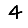
Digit: 4